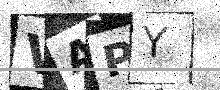
Text: VAPY